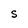
Character: S